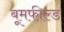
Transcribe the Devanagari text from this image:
बूमफील्ड